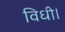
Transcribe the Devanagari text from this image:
विधी।